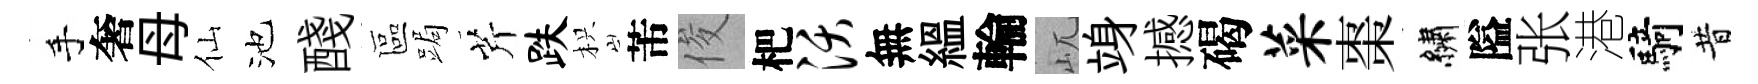
手奢母仙池醆區跼芹跌枳芾俊杷沃無緼輪屼竧撼碣菜棗繡隘张港騎昔